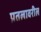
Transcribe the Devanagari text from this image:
प्रतलावरील